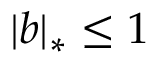
| b | _ { * } \leq 1